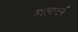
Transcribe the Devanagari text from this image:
साल्टबर्न